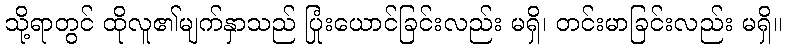
သို့ရာတွင် ထိုလူ၏မျက်နှာသည် ပြုံးယောင်ခြင်းလည်း မရှိ၊ တင်းမာခြင်းလည်း မရှိ။